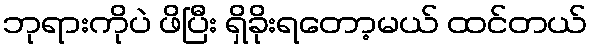
ဘုရားကိုပဲ ဖိပြီး ရှိခိုးရတော့မယ် ထင်တယ်